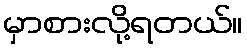
မှာစားလို့ရတယ်။